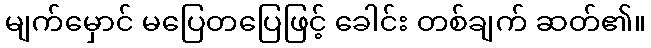
မျက်မှောင် မပြေတပြေဖြင့် ခေါင်း တစ်ချက် ဆတ်၏။